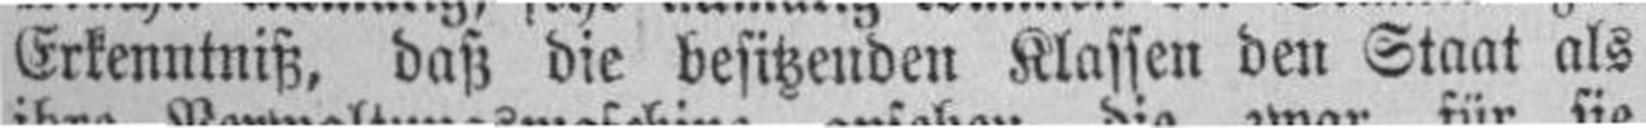
Erkenntniß, daß die besitzenden Klassen den Staat als